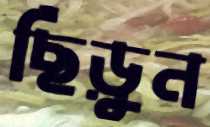
ছিঁড়ুন